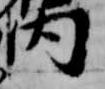
内